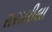
રાસલીલા